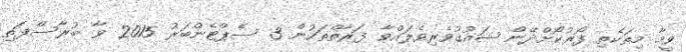
ވީމާ މިތަކެތި ފޯރުކޯށްދޭން ޝައުޤުވެރިވެލައްވާ ފަރާތްތަކުން 3 ސެޕްޓެންބަރު 2015 ވާ ބުރާސްފަތި